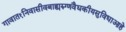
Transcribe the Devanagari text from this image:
गावात१निवासीवबाह्यरुग्णवैद्यकीयसुविधाआहे